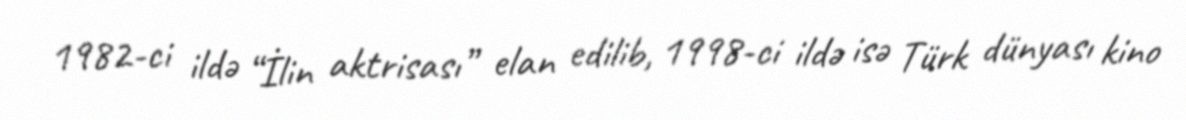
1982-ci ildə “İlin aktrisası” elan edilib, 1998-ci ildə isə Türk dünyası kino